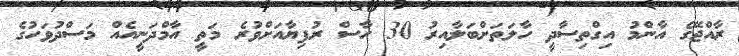
ރާއްޖޭގެ އާންމު އިގްތިސާދީ ހާލަތަށްބަލާއިރު 30 ހާސް ރުފިޔާއަށްވުރެ މަތީ އާމްދަނީއެއް މަސްދުވަހުގެ